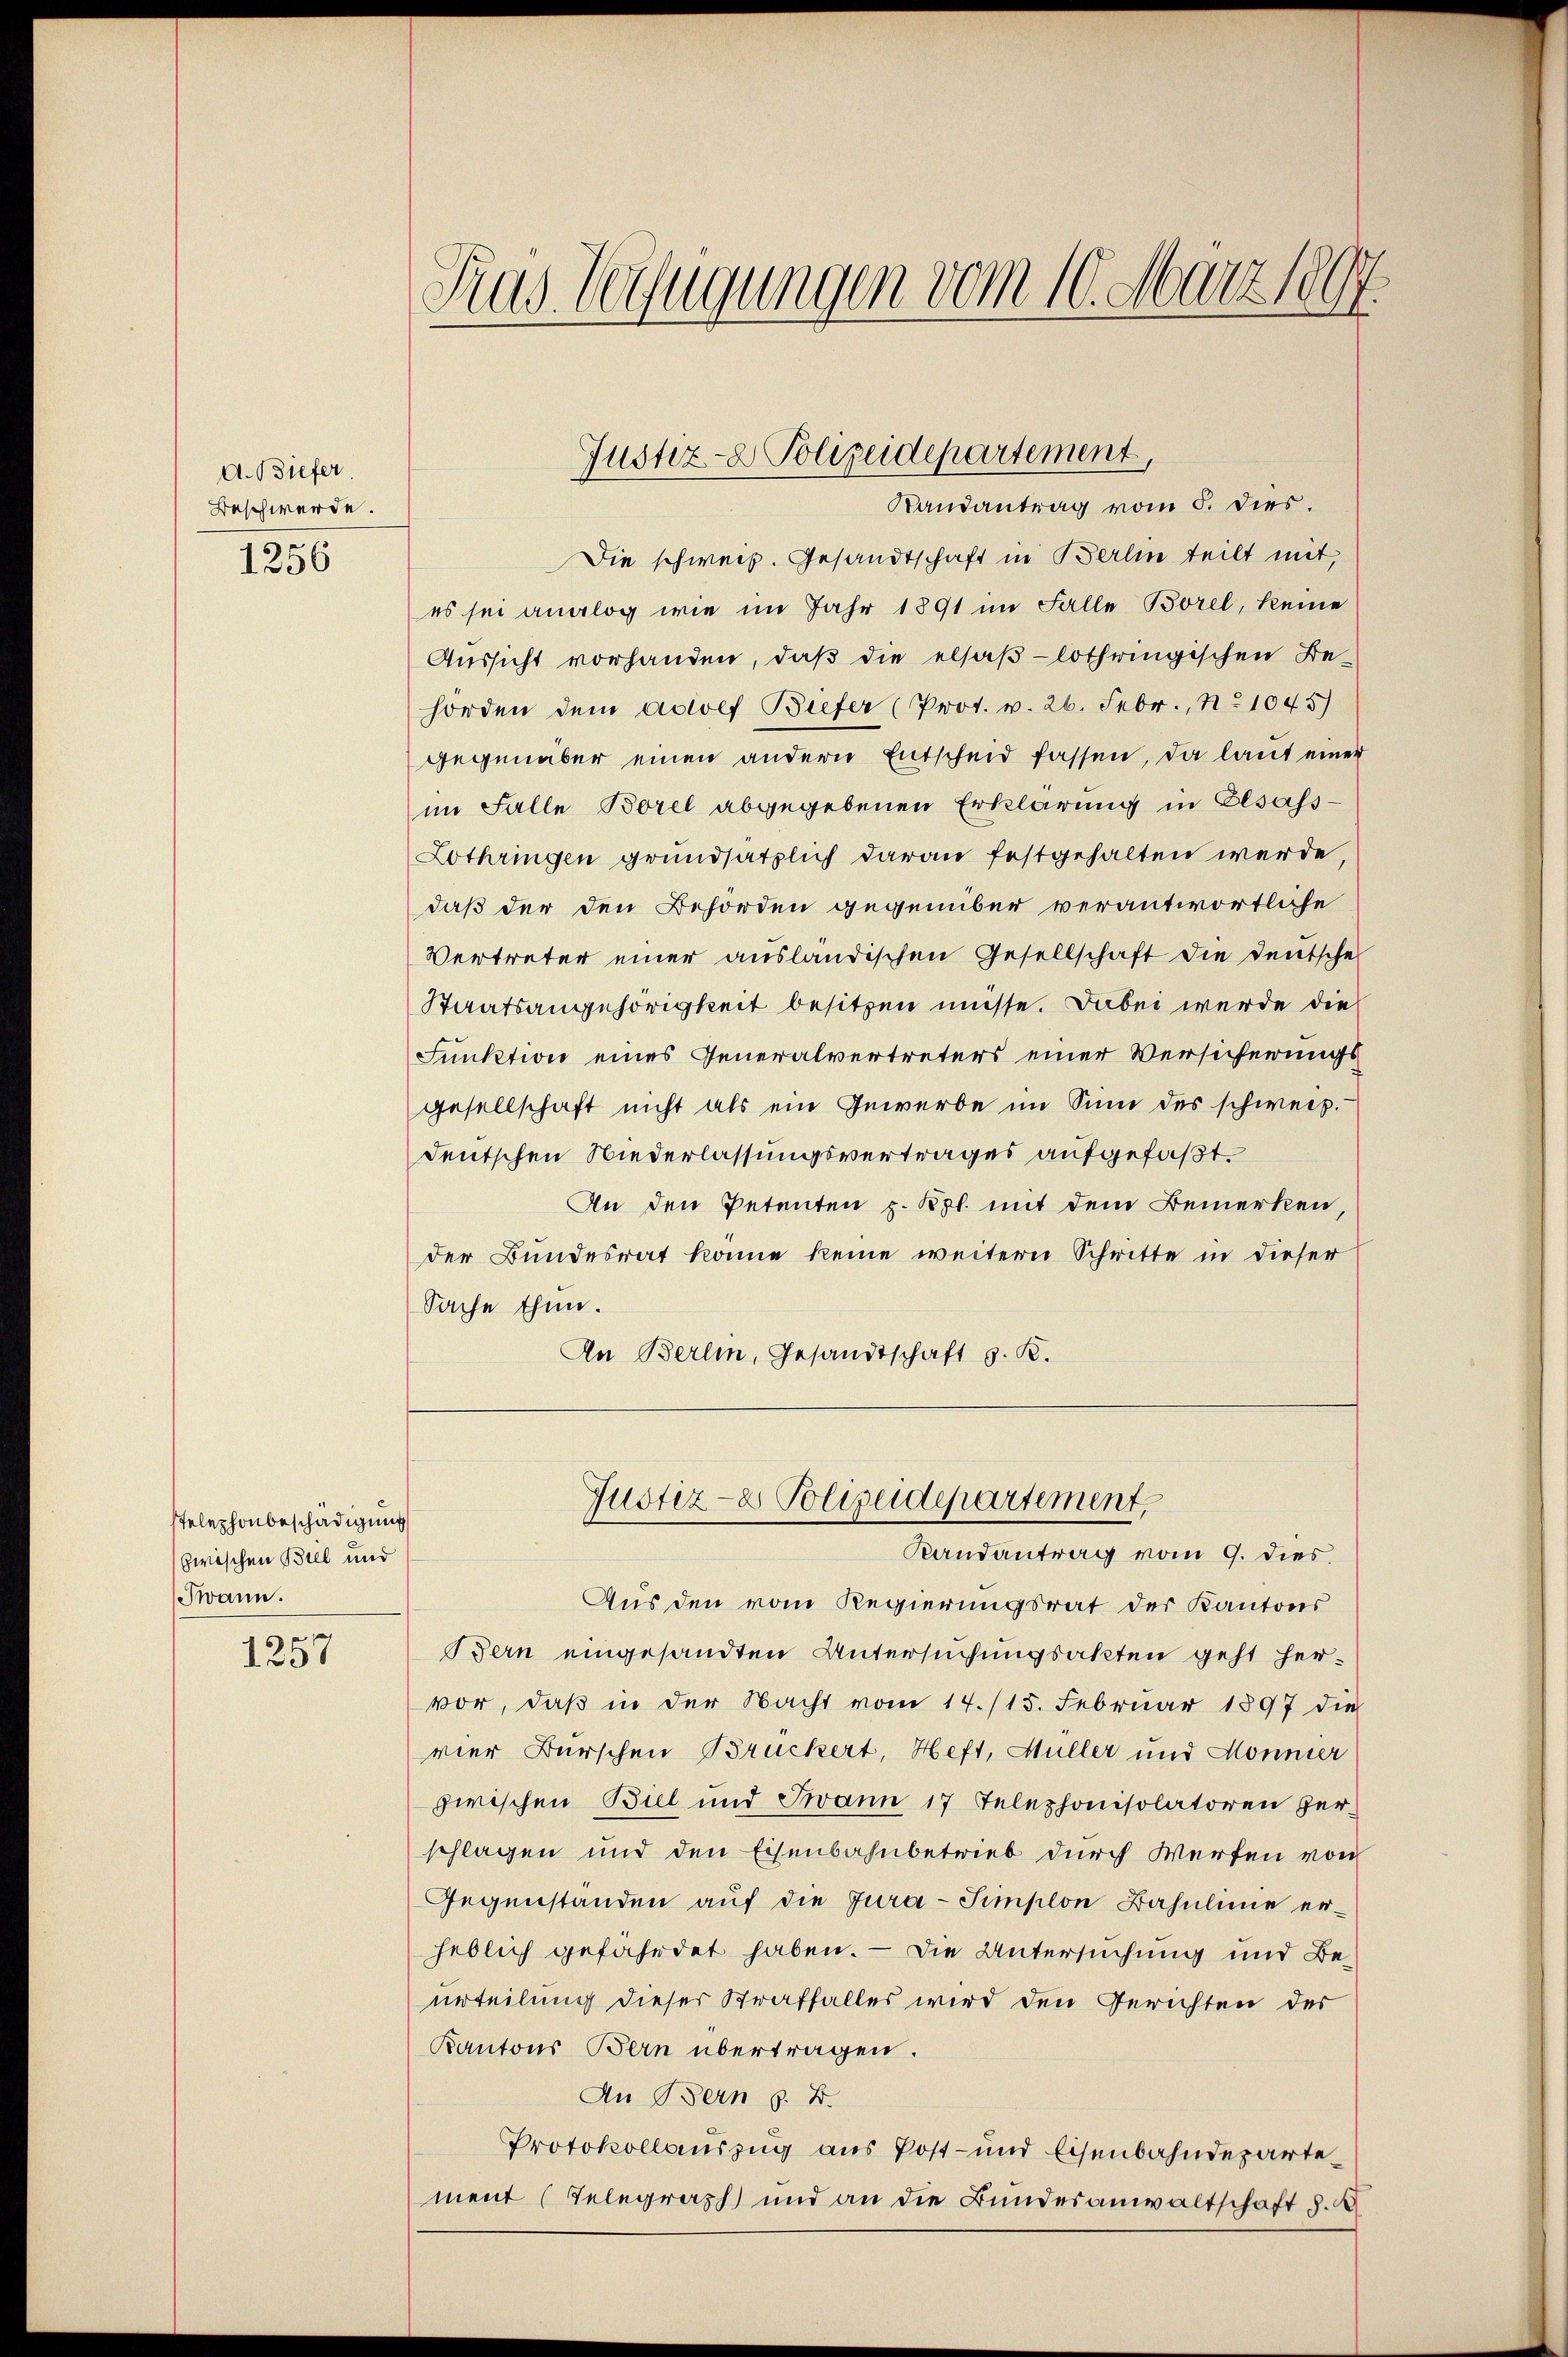
A. Biefer.
Beschwerde.

1256

stelephonbeschädigung
zwischen Biel und
Twann.

1257

Gras Verfügungen vom 10. März 1897

Die schweiz. Gesandtschaft in Berlin teilt mit,
es sei analog wie im Jahr 1891 im Falle Borel, keine
Aussicht vorhanden, daß die elsaß-lothringischen Be-
horden dem Adloef Briefer (Prot. v. 26. Febr., No 1045)
gegenüber einen andern Entscheid fassen, da laut einer
im Falle Borel abgegebenen Erklärung in Elsass-
Lothringen grundsätzlich daran festgehalten werde
daß der den Behörden gegenüber verantwortliche
Vertreter einer ausländischen Gesellschaft die Deutsche
Staatsangehörigkeit besitzen müsse. Dabei werde die
Funktion eines Generalvertreters einer Versicherungsgesellschaft nicht als ein Gewerbe im Sinn des schweiz.
deutschen Niederlassungsvertrages aufgefaßt.
An den Petenten p. Kgl. mit dem Bemerken
der Bundesrat könne keine weitern Schritte in dieser
Sache thun.
An Berlin, Gesandtschaft z. K.

Justiz- & Polizeidepartement
Randantrag vom 5. dies.

Aus den vom Regierungsrat der Kantons
Bern eingesandten Untersuchungsakten geht hervor, daß in der Nacht vom 14. /15. Februar 1897 die
vier Burschen Bruckert, Heft, Müller und Mönnier
zwischen Biel und Jwann 17 Telephonisolatoren herschlagen und den Eisenbahnbetrieb durch Werfen von
Gegenstanden auf die Jura-Simplon Bahnlinie erheblich gefährdet haben. — Die Untersuchung und Beurteilung dieser Straffalles wird den Gerichten der
Kantons Bern übertragen.
An Bern z. B.
Protokollauszug aus Post- und Eisenbahndepartement (Telegraph und an die Bundesanwaltschaft d.

Justiz- & Polizeidepartement,
Randantrag vom 9. dies